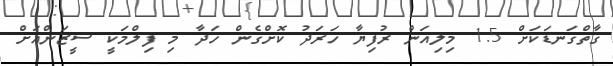
ގާތްގަނޑަކަށް 1.5 މިލިއަން ރުފިޔާ ހަރަދު ކޮށްގެން ހަދާ މި ފިލްމަކީ ސީޒަންއަށް